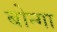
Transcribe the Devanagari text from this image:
बोन्‍गा